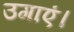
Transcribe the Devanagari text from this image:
उगाएं।